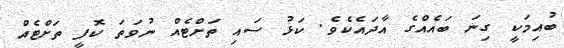
ބުއިމަކީ ގިނަ ބައެއްގެ އާދައެކެވެ. ކަޅު ސައި ތަށްޓެއް ނުވަތަ ކޮފީ ތަށްޓެއް